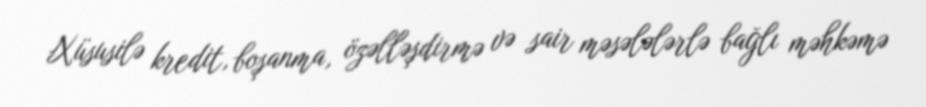
Xüsusilə kredit, boşanma, özəlləşdirmə və sair məsələlərlə bağlı məhkəmə